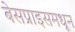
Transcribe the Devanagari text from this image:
बेसप्राइसमधून